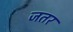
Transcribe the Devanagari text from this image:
जतर